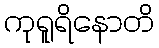
ကုရူရိနောတိ